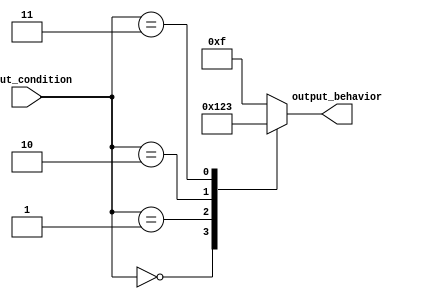
module case_statement_behavioral (
    input [2:0] input_condition,
    output reg [3:0] output_behavior
);

always @* begin
    case (input_condition)
        3'b000: output_behavior = 4'b0000; // Define output for condition 000
        3'b001: output_behavior = 4'b0001; // Define output for condition 001
        3'b010: output_behavior = 4'b0010; // Define output for condition 010
        3'b011: output_behavior = 4'b0011; // Define output for condition 011
        default: output_behavior = 4'b1111; // Default case for any other condition
    endcase
end

endmodule